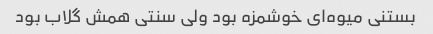
بستنی میوه‌ای خوشمزه بود ولی سنتی همش گلاب بود